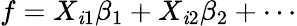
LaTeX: f=X_{\mathit{i}1}\beta_{1}+X_{\mathit{i}2}\beta_{2}+\cdots